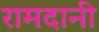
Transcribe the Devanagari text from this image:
रामदानी